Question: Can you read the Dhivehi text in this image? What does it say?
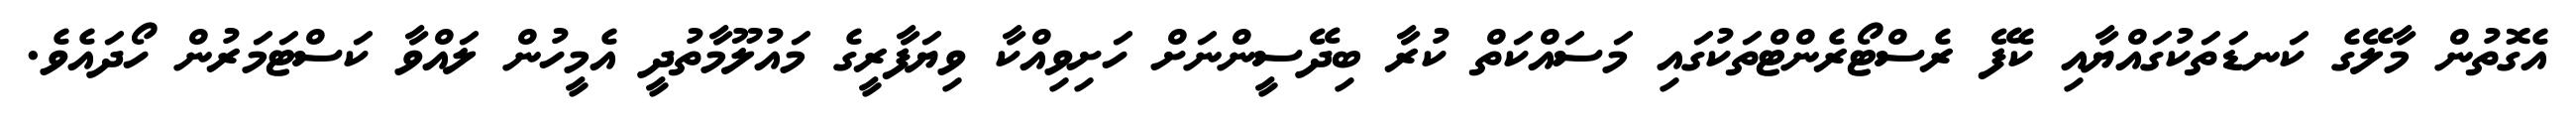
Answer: އެގޮތުން މާލޭގެ ކަނޑަތަކުގައްޔާއި ކެފޭ ރެސްޓޯރެންޓްތަކުގައި މަސައްކަތް ކުރާ ބިދޭސީންނަށް ހަށިވިއްކާ ވިޔަފާރީގެ މައުލޫމާތުދީ އެމީހުން ލައްވާ ކަސްޓަމަރުން ހޯދައެވެ.